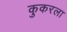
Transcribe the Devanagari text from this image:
कुकरला